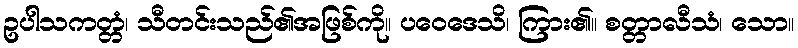
ဥပါသကတ္တံ၊ သီတင်းသည်၏အဖြစ်ကို။ ပဝေဒေသိ၊ ကြား၏။ စတ္တာလီသံ၊ သော။